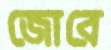
জোরে